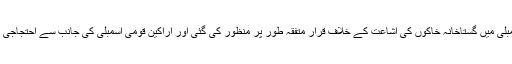
قبل ازیں قومی اسمبلی میں گستاخانہ خاکوں کی اشاعت کے خلاف قرار متفقہ طور پر منظور کی گئی اور اراکین قومی اسمبلی کی جانب سے احتجاجی مارچ بھی کیا گیا۔